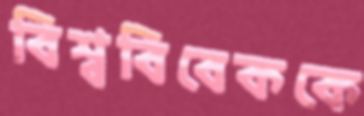
বিশ্ববিবেককে